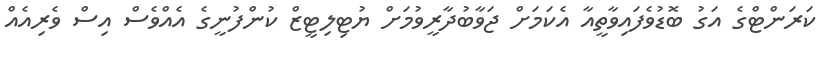
ކަރަންޓްގެ އަގު ބޮޑުވެފައިވާތީއާ އެކަމަށް ޖަވާބުދާރީވުމަށް ޔުޓިލިޓީޒް ކުންފުނީގެ އެއްވެސް އިސް ވެރިއެއް